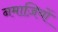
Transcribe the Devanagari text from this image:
नमाज़ियों